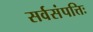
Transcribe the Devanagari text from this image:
सर्वसंपत्तिः